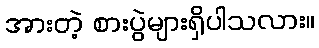
အားတဲ့ စားပွဲများရှိပါသလား။